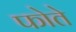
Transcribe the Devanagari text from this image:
फोते